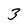
Character: 3